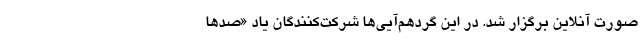
صورت آنلاین برگزار شد. در این گردهم‌آیی‌ها شرکت‌کنندگان یاد «صدها